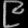
Digit: ၉